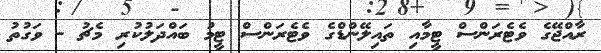
ރާއްޖޭގެ ވެޓެރަންސް ޓީމާއި ތައިލޭންޑްގެ ވެޓެރަންސް ޓީމު ބައްދަލުކުރި މެޗު - ވަގުތު